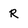
Character: R